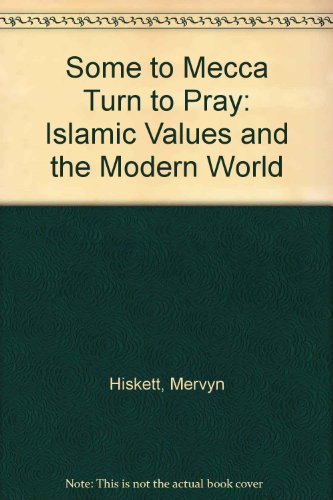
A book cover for Some to Mecca Turn to Pray: Islamic Values and the Modern World; Mervyn Hiskett; Religion & Spirituality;